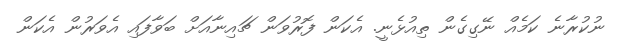
ނުކުރާނެ ކަމެއް ނޭގިގެން ތިއުޅެނީ. އެކަން ފޮރުވަން ޗައިނާއަށް ބަވާފައި އެވަރުން އެކަން